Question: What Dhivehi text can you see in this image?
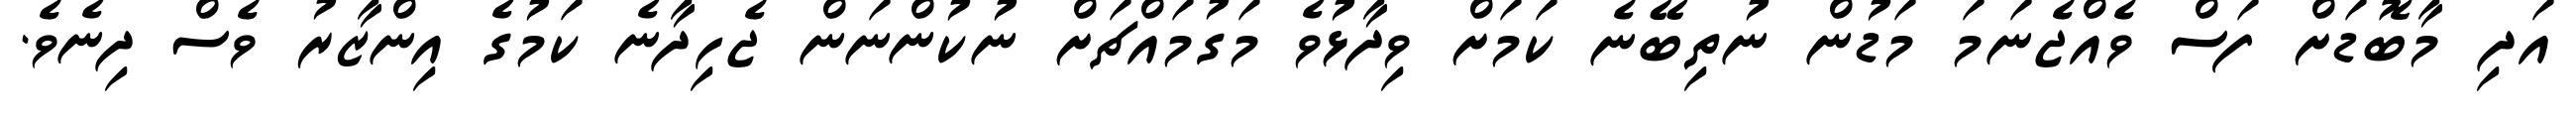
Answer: އަދި މާބޮޑަށް ފަސް ވެއްޖެނަމަ މަޑުން ނުތިބޭނެ ކަމަށް ވިދާޅުވެ މަގުމައްޗަށް ނުކުންނަން ޖެހިދާނެ ކަމުގެ އިންޒާރު ވެސް ދިނެވެ.